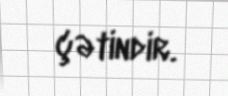
çətindir.